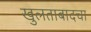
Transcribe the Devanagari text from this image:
खुलताबादचा